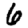
Digit: 6